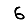
Digit: 6